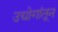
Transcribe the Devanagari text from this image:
उद्योगांतून